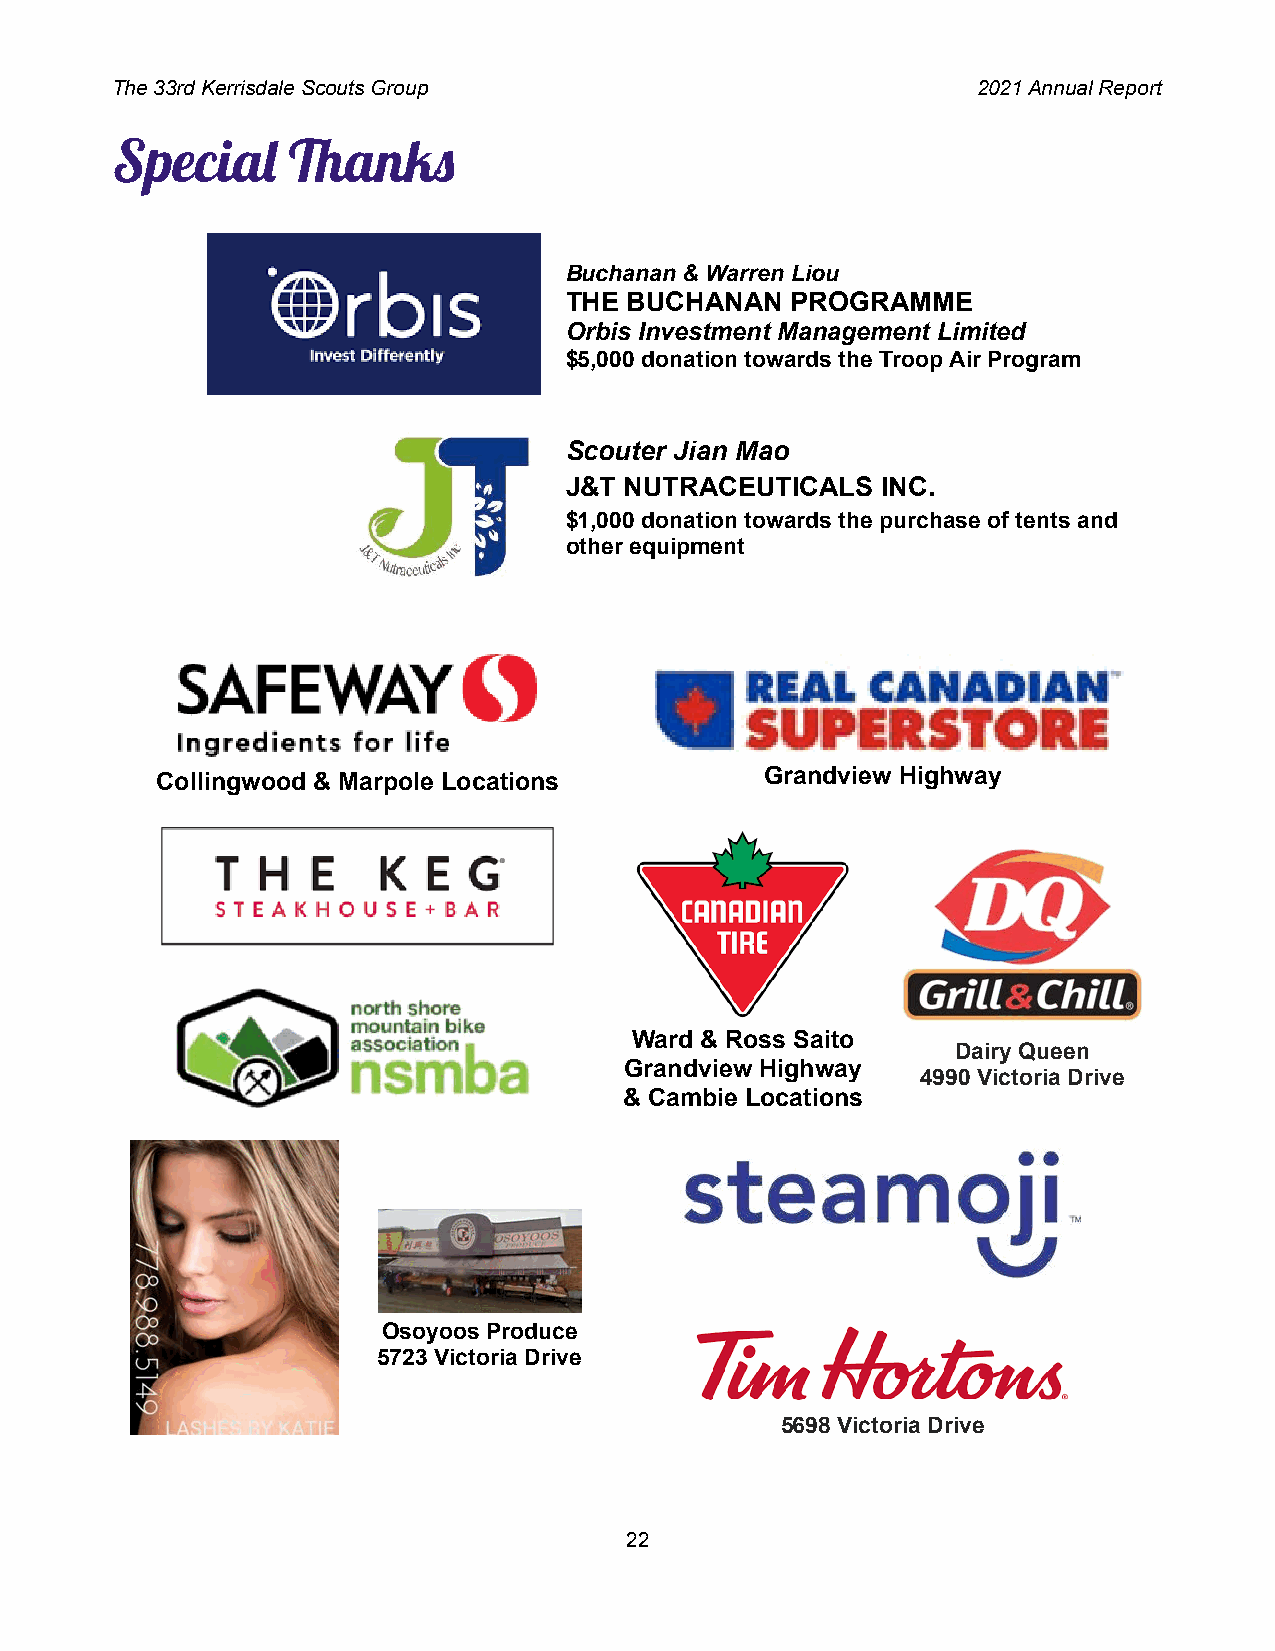
The 33rd Kerrisdale Scouts Group                          2021 Annual Report
 Specia     ank
 Buchanan & Warren Liou
 THE  BUCHANAN  PROGRAMME
 Orbis Investment Management Limited
 $5,000 donation towards the Troop Air Program
 Scouter Jian Mao
 J&T NUTRACEUTICALS   INC.
 $1,000 donation towards the purchase of tents and
 other equipment
 Collingwood & Marpole Locations          Grandview Highway
 Ward & Ross Saito
 Dairy Queen
 Grandview Highway
 4990 Victoria Drive
 & Cambie Locations
 Osoyoos Produce
 5723 Victoria Drive
 5698 Victoria Drive
 22